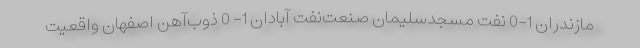
مازندران 1-0 نفت مسجدسلیمان صنعت‌نفت آبادان 1- 0 ذوب‌آهن اصفهان واقعیت